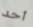
أحد